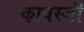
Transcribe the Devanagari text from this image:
कावस्जी